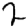
Digit: 2